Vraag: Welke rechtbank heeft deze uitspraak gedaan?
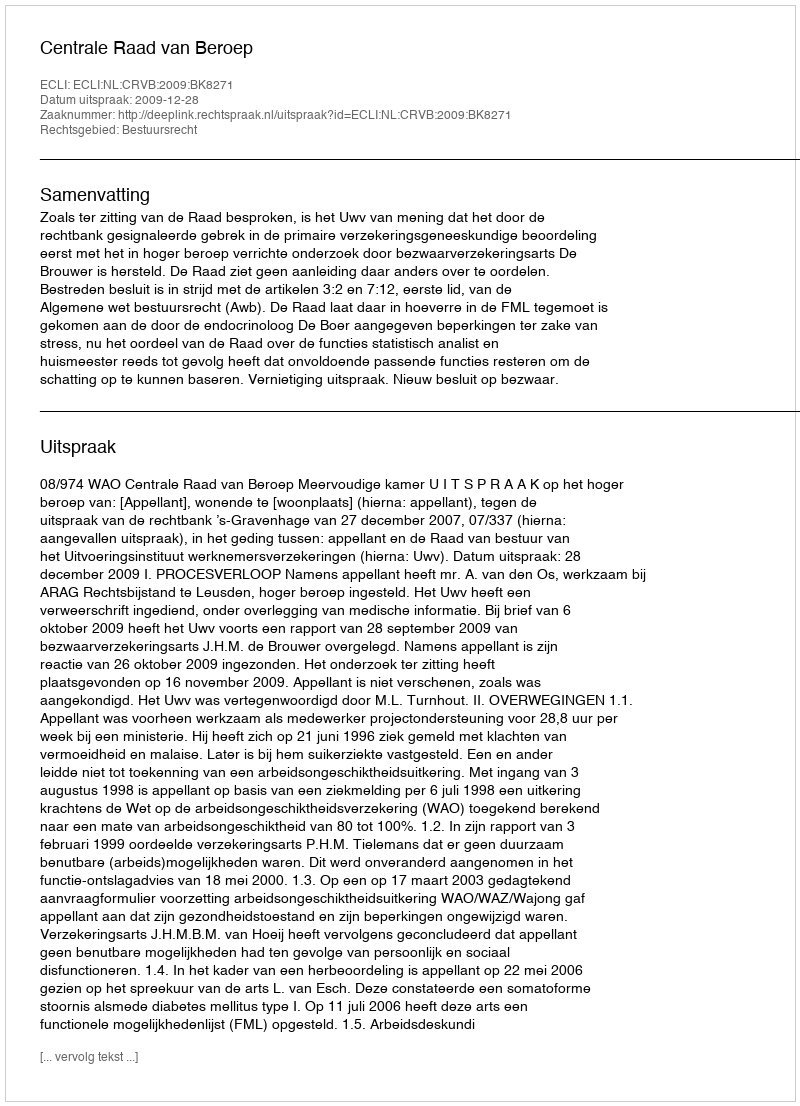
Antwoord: Centrale Raad van Beroep